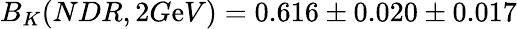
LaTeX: B_{K}(NDR,2G\mathrm{e}V)=0.616\pm0.020\pm0.017